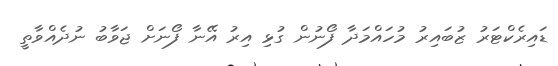
ޑައިރެކްޓަރު ޒުބައިރު މުހައްމަދާ ފޯނުން ގުޅި އިރު އޭނާ ފޯނަށް ޖަވާބު ނުދެއްވާތީ